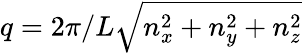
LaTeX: q=2\pi/L\sqrt{n_{x}^{2}+n_{y}^{2}+n_{z}^{2}}